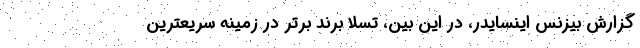
گزارش بیزنس اینسایدر، در این بین، تسلا برند برتر در زمینه سریعترین